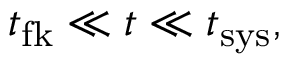
t _ { \mathrm { f k } } \ll t \ll t _ { \mathrm { s y s } } ,